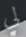
لي